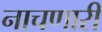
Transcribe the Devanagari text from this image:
नाचणारी